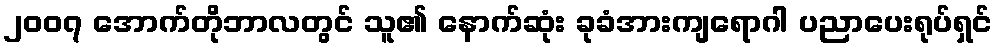
၂၀၀၇ အောက်တိုဘာလတွင် သူ၏ နောက်ဆုံး ခုခံအားကျရောဂါ ပညာပေးရုပ်ရှင်